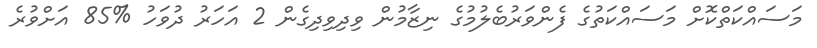
މަސައްކަތްކޮށް މަސައްކަތުގެ ފެންވަރުބެލުމުގެ ނިޒާމުން ވިދިވިދިގެން 2 އަހަރު ދުވަހު %85 އަށްވުރެ